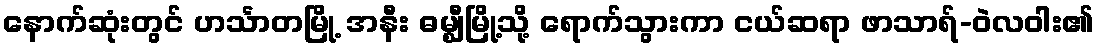
နောက်ဆုံးတွင် ဟင်္သာတမြို့ အနီး ဓမ္ဈီမြို့သို့ ရောက်သွားကာ ငယ်ဆရာ ဖာသာရ်-ဝဲလဝါး၏